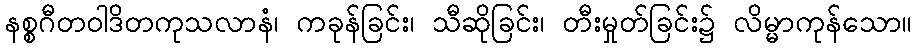
နစ္စဂီတဝါဒိတကုသလာနံ၊ ကခုန်ခြင်း၊ သီဆိုခြင်း၊ တီးမှုတ်ခြင်း၌ လိမ္မာကုန်သော။